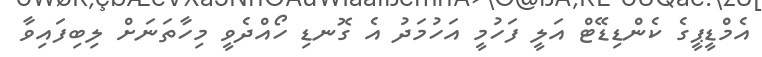
އެމްޑީޕީގެ ކެންޑިޑޭޓް އަލީ ފަހުމީ އަހުމަދު އެ ގޮނޑި ހޯއްދެވީ މިހާތަނަށް ލިބިފައިވާ